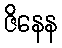
ဇိနေန